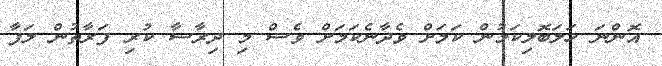
އޮންނަ ހަލަބޮލިކަމުން ކަމަށް ވެދާނެކަމަށް ވެސް މި ދިރާސާ ކުރި ފަރާތުން ލަފާ